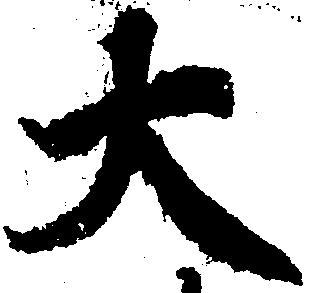
大